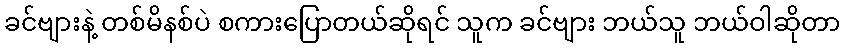
ခင်ဗျားနဲ့ တစ်မိနစ်ပဲ စကားပြောတယ်ဆိုရင် သူက ခင်ဗျား ဘယ်သူ ဘယ်ဝါဆိုတာ